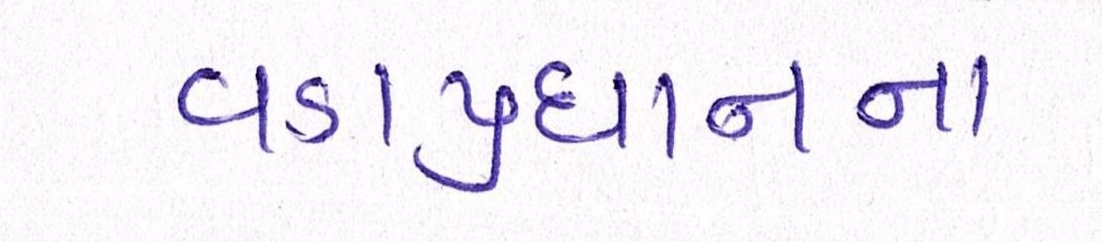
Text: વડાપ્રધાનના